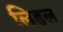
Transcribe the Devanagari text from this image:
लिडल